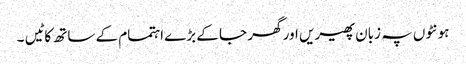
ہونٹوں پہ زبان پھیریں اور گھر جا کے بڑے اہتمام کے ساتھ کاٹیں ۔